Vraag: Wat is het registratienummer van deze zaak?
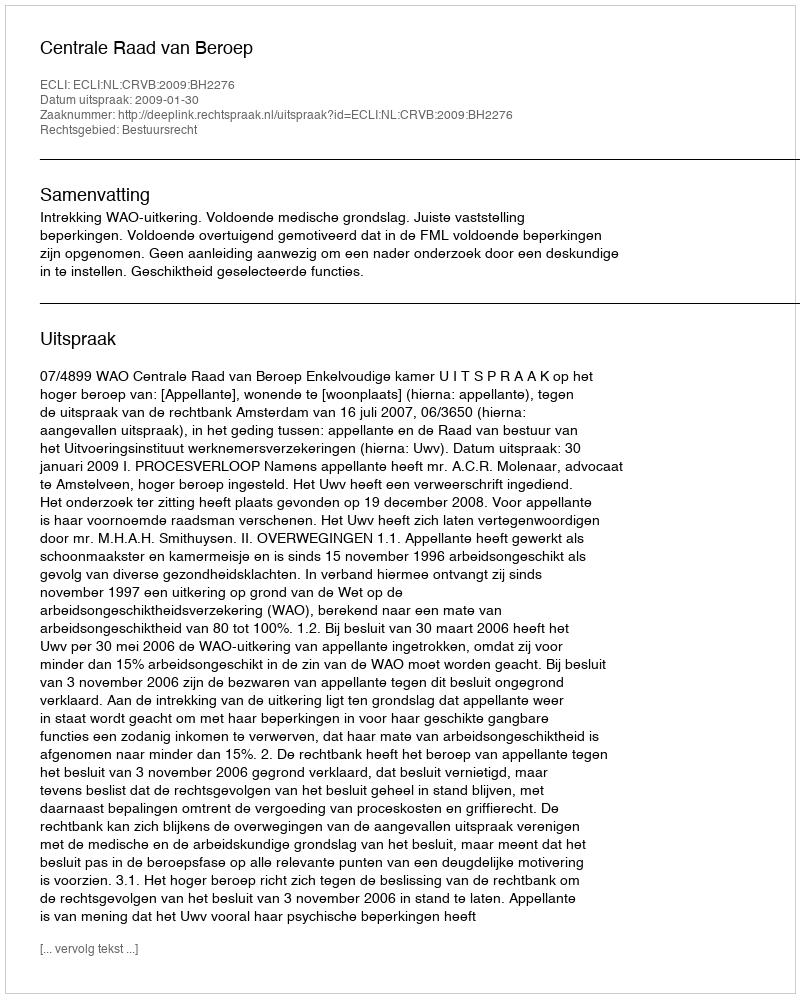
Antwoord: http://deeplink.rechtspraak.nl/uitspraak?id=ECLI:NL:CRVB:2009:BH2276